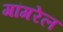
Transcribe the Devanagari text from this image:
गांगरेल